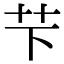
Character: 芐